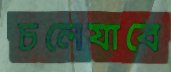
চলেযাবে